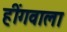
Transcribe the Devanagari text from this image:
हींगवाला